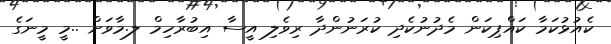
ކެއުޅުކަމާ ކައްޕިކަން މެދުނުކެދި ކުރަނުންދާ ރިވެލި އީސާ އިބުރާހިމް ލ.މާވަށް ..މީ މީނަގެ